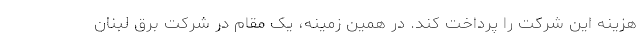
هزینه این شرکت را پرداخت کند. در همین زمینه، یک مقام در شرکت برق لبنان